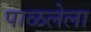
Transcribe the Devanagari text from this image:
पाळलेला